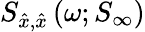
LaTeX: S_{\hat{x},\hat{x}}\left(\omega;S_{\infty}\right)